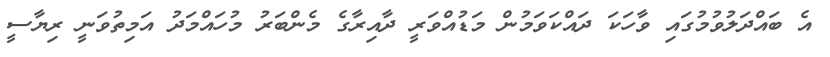
އެ ބައްދަލުވުމުގައި ވާހަކަ ދައްކަވަމުން މަޑުއްވަރީ ދާއިރާގެ މެންބަރު މުހައްމަދު އަމިތުވަނީ ރިޔާސީ